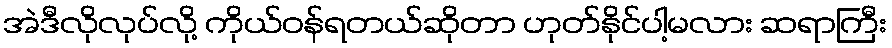
အဲဒီလိုလုပ်လို့ ကိုယ်ဝန်ရတယ်ဆိုတာ ဟုတ်နိုင်ပါ့မလား ဆရာကြီး